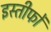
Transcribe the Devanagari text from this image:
इस्तीफों